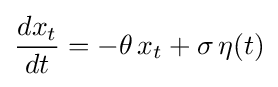
{\frac {dx_{t}}{dt}}=-\theta \,x_{t}+\sigma \,\eta (t)